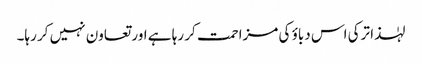
لہٰذا ترکی اس دباؤ کی مزاحمت کر رہا ہے اور تعاون نہیں کر رہا۔